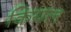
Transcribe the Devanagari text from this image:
कियल